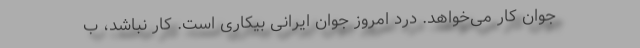
جوان کار می‌خواهد. درد امروز جوان ایرانی بیکاری است. کار نباشد، ب